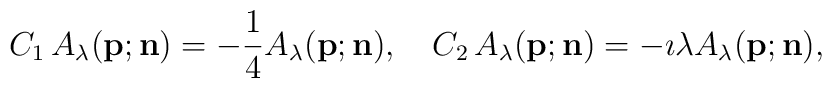
C_1\,A_{\lambda}({\bf p};{\bf n})=-\frac{1}{4}A_{\lambda}({\bf p};{\bf n}),\quad{C_2}\,A_{\lambda}({\bf p};{\bf n})=-\imath{\lambda}A_{\lambda}({\bf p};{\bf n}),